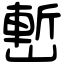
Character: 㟻